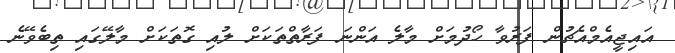
އައިޖީއެމްއެޗުން ފަރުވާ ހޯދުމަށް މާލެ އަންނަ ފަރާތްތަކަށް ލުއި ގޮތަކަށް މާލޭގައި ތިބެވޭނެ